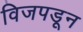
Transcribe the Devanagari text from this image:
विजपडून